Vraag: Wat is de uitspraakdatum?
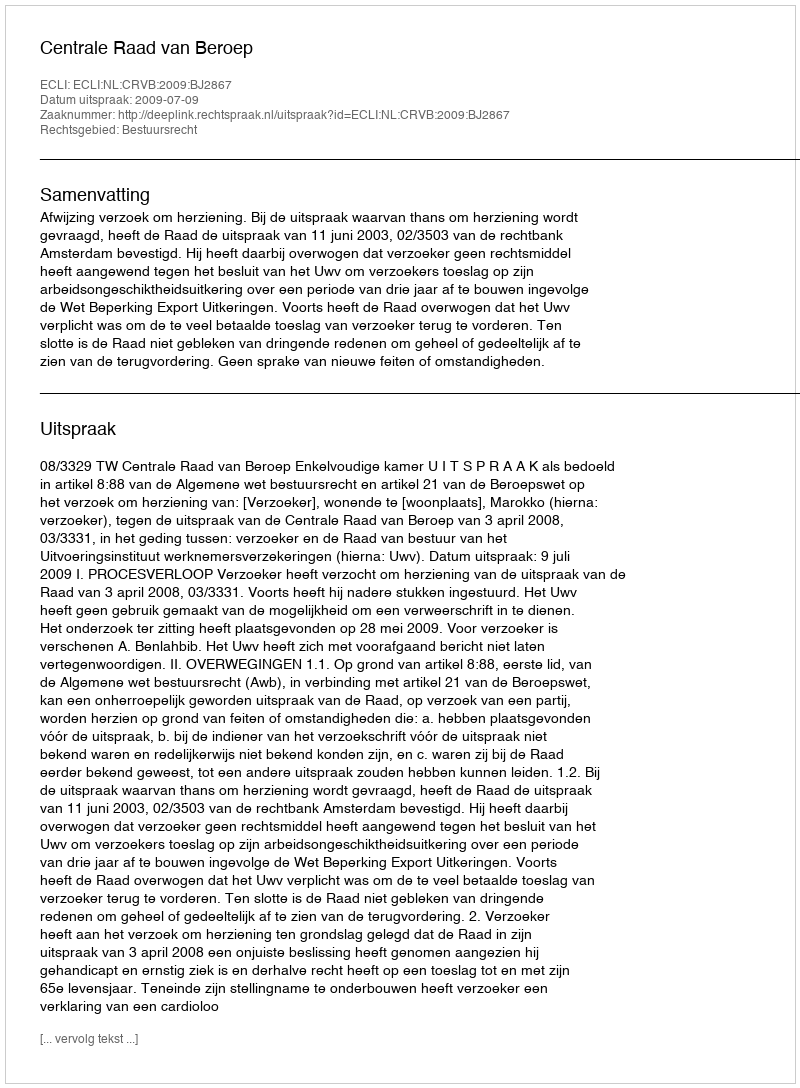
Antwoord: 2009-07-09